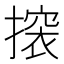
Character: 𢳤